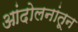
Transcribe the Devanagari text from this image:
आंदोलनांतून